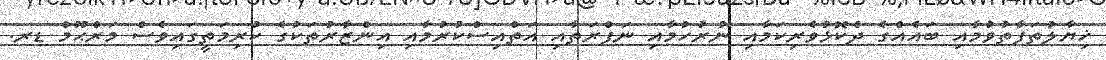
ޚިޔާލުތަފާތުވުމާއި ބައެއްގެ ދެކޮޅުވެރިކަމާއި ނުރުހުމާއި ނަފްރަތާއި އަތްއިސްކުރުމާއި އިންޒާރުތަކުގެ ކުރިމަތީގައިވެސް މަރްޙޫމް ޑރ.